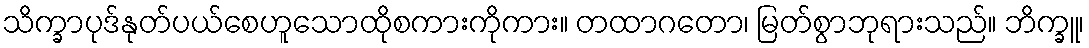
သိက္ခာပုဒ်နုတ်ပယ်စေဟူသောထိုစကားကိုကား။ တထာဂတော၊ မြတ်စွာဘုရားသည်။ ဘိက္ခူ၊